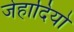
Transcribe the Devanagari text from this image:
जेहादियो